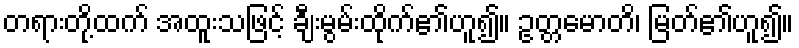
တရားတို့ထက် အထူးသဖြင့် ချီးမွမ်းထိုက်၏ဟူ၍။ ဥတ္တမောတိ၊ မြတ်၏ဟူ၍။